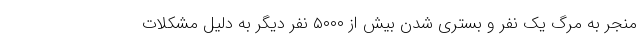
منجر به مرگ یک نفر و بستری شدن بیش از ۵۰۰۰ نفر دیگر به دلیل مشکلات